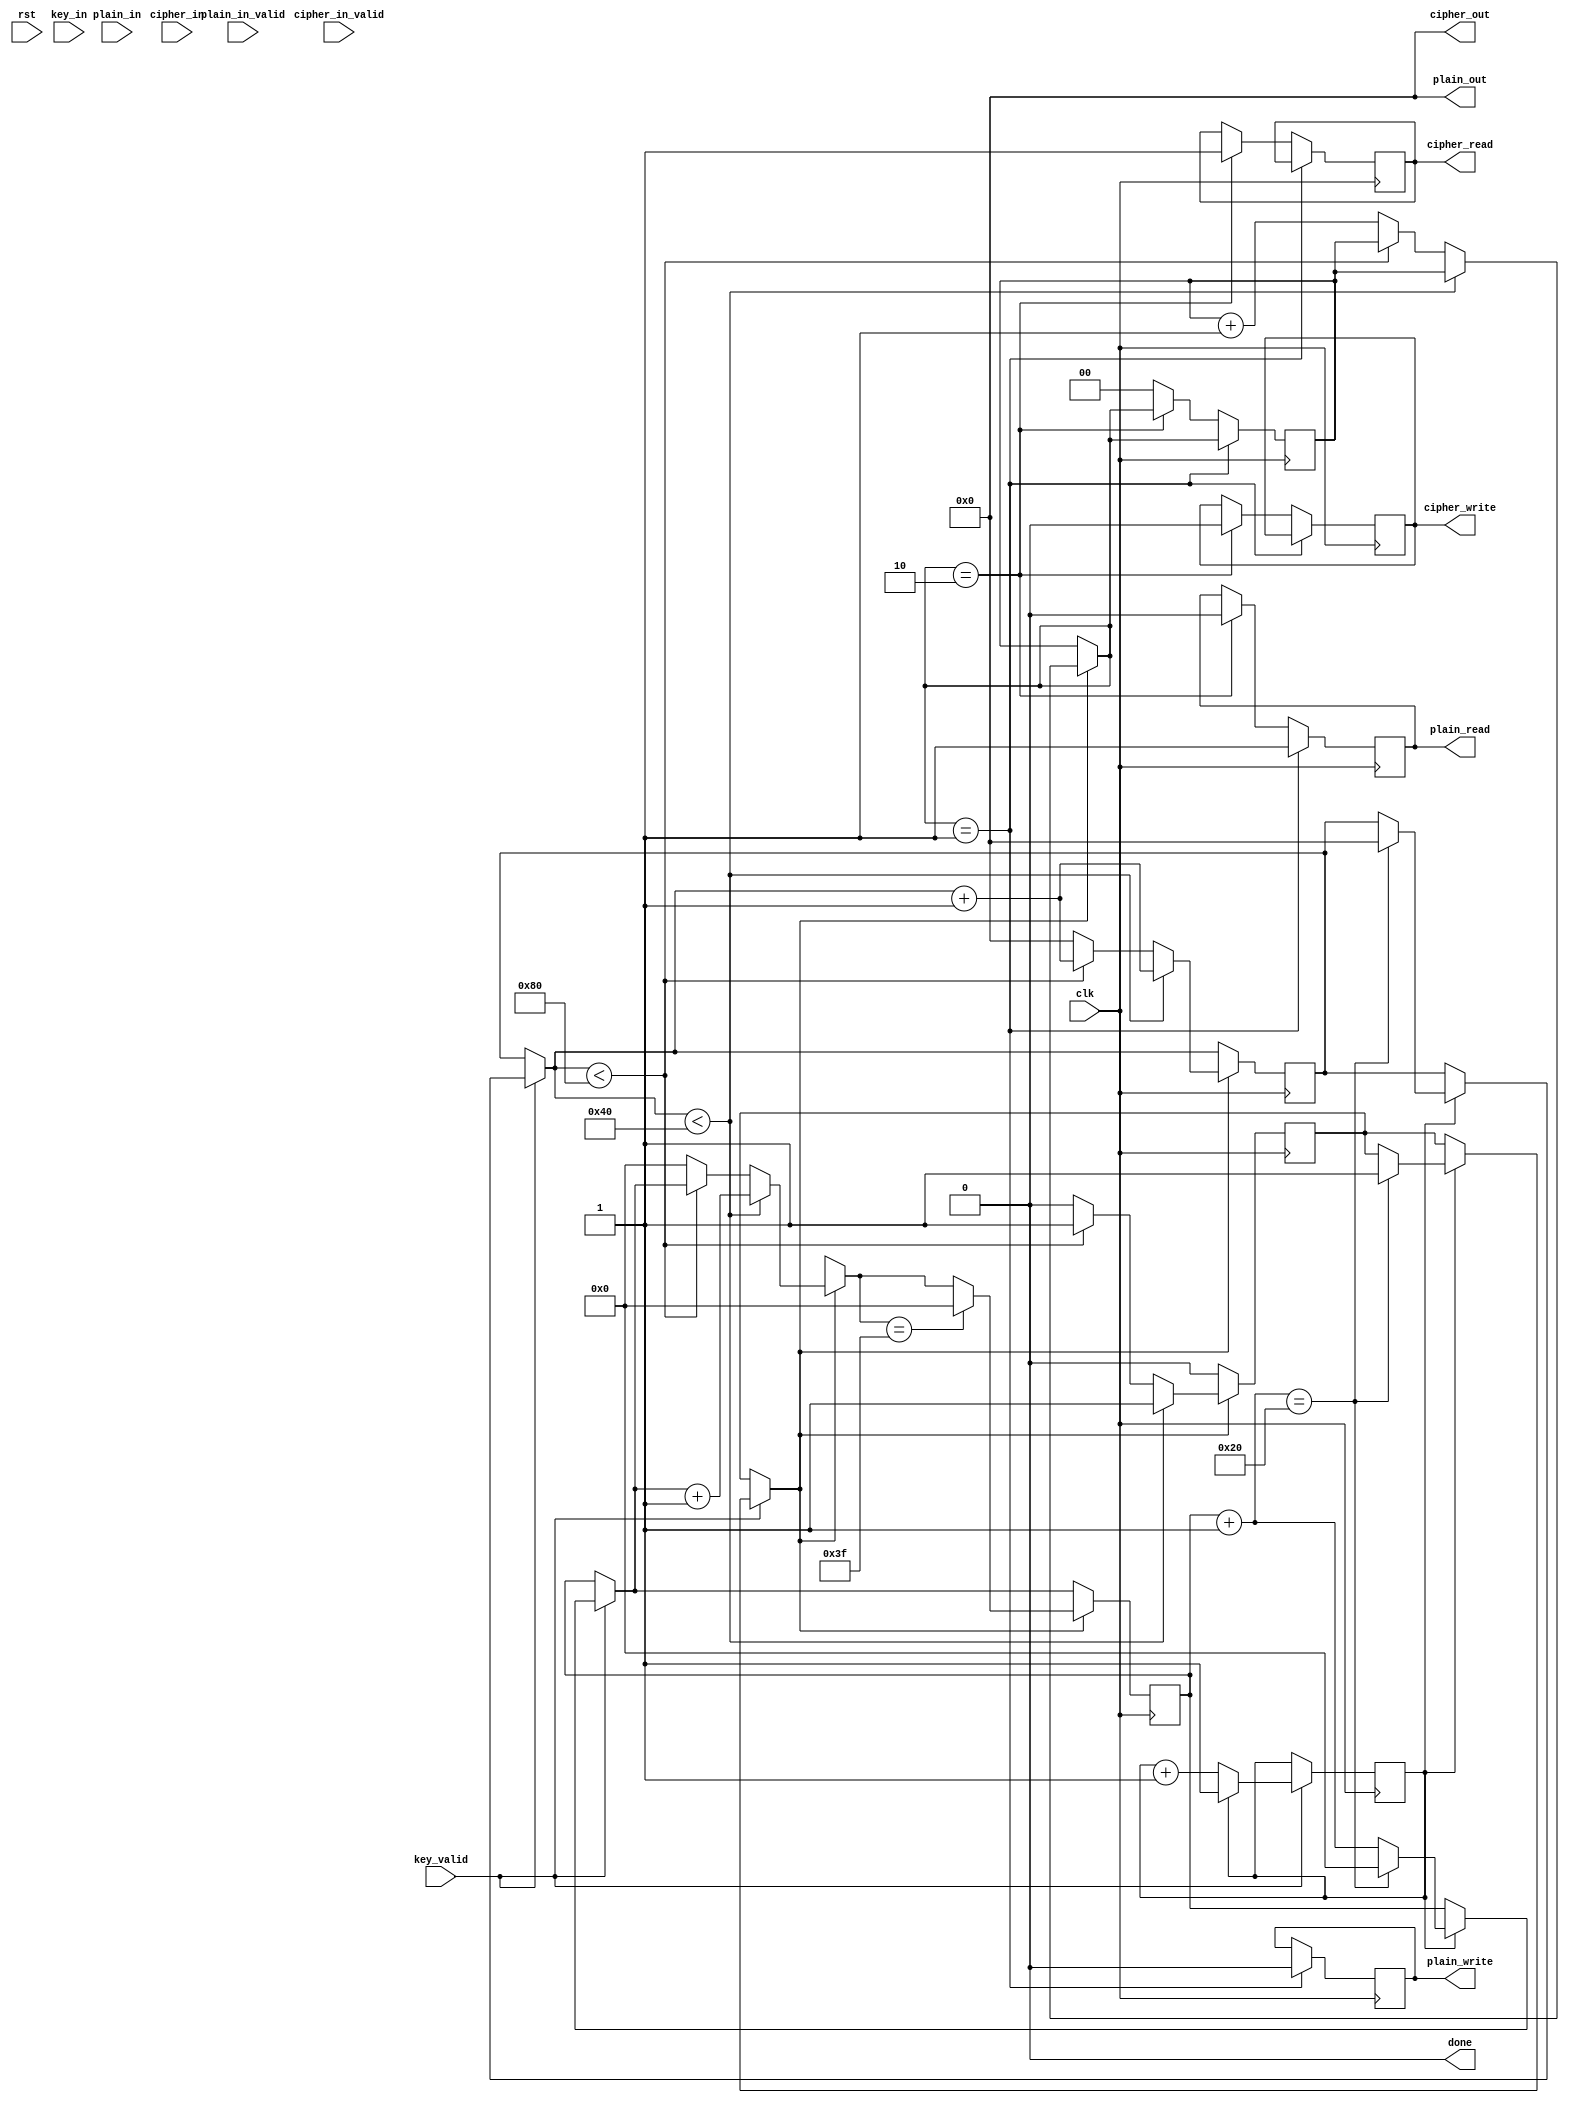
`timescale 1ns/10ps
module RC4(clk,rst,key_valid,key_in,plain_read,plain_in_valid,plain_in,plain_write,plain_out,cipher_write,cipher_out,cipher_read,cipher_in,cipher_in_valid,done);
    input clk,rst;
    input key_valid,plain_in_valid,cipher_in_valid;
    input [7:0] key_in,cipher_in,plain_in;
    output reg done;
    output reg plain_write,cipher_write,plain_read,cipher_read;
    output reg [7:0] cipher_out,plain_out;
	reg [7:0] key[31:0];
	reg [5:0] index;
	reg first;
	reg [5:0] sbox[63:0];
	integer it;
	reg [5:0] i,j;
	reg [5:0] temp;
	reg flag;
	reg [7:0] counter;
	reg set_sbox;
	reg [1:0]state;

initial
begin
	done=0;
	plain_write=0;
	cipher_write=0;
	plain_read=0;
	cipher_read=0;
	cipher_out=8'b00000000;
	plain_out=8'b00000000;
	first=0;
	index=6'b00000;
	i=6'b000000;
	j=6'b000000;
	temp=6'b000000;
	flag=0;
	counter=7'b0000000;
	set_sbox=0;
	state=0;
end

always @(posedge clk)
begin
/*
	if(flag) done=1;
	if(cipher_read)
	begin
		if(cipher_in_valid)
		begin
			i=(i+1)%64;
			j=j+sbox[i]%64;
			temp=sbox[i];
			sbox[i]=sbox[j];
			sbox[j]=temp;
			plain_out=cipher_in ^ sbox[(sbox[i]+sbox[j])%64];
			plain_write=1;			
			//$display("%h",plain_out);
		end
		else
		begin
			plain_write=0;
			cipher_read=0;
			//flag=1;
		end
	end
	if(plain_read)
	begin
		if(plain_in_valid)
		begin
			i=(i+1)%64;
			j=j+sbox[i]%64;
			temp=sbox[i];
			sbox[i]=sbox[j];
			sbox[j]=temp;	
			cipher_out=plain_in ^ sbox[(sbox[i]+sbox[j])%64];	
			cipher_write=1;
			$display("%h",cipher_out);			
		end
		else
		begin
			set_sbox=1;
		end
	end
*/
	if(key_valid)
	begin
		if(first==0) first=first+1;
		else
		begin
			key[index]=key_in;
			index=index+1;
			if(index==6'b100000) 
			begin
				set_sbox=1;
				index=6'b000000;
				counter=7'b0000000;
			end
		end
	end
	
	if(set_sbox)
	begin
		if(counter<64) 
		begin
			sbox[index]=index;
			//$display("sbox[%d]%h",counter,sbox[counter]);
			index=index+1;
			counter=counter+1;
		end
		else if(counter<128) 
		begin
			//sbox_swap
			j=(j+sbox[index]+key[index%32])%64;
			temp=sbox[index];
			sbox[index]=sbox[j];
			sbox[j]=temp;
			counter=counter+1;
			
		end
		else 
		begin
			index=6'b000000;
			set_sbox=0;
			counter=7'b0000000;		
			state=state+1;
		end
		if(index==6'b111111) index=6'b000000;

	end
	
	if(state==1)
	begin
		plain_read=1; // plain_read in next cycle
		plain_write=0;
		i=6'b000000;
		j=6'b000000;
		for(it=0;it<64;it=it+1) $display("sbox[%d]%h",it,sbox[it]);
	end
	else if(state==2)
	begin
		cipher_write=0;
		plain_read=0;
		cipher_read=1;
		i=6'b000000;
		j=6'b000000;
	end
	else state=0;
end
endmodule